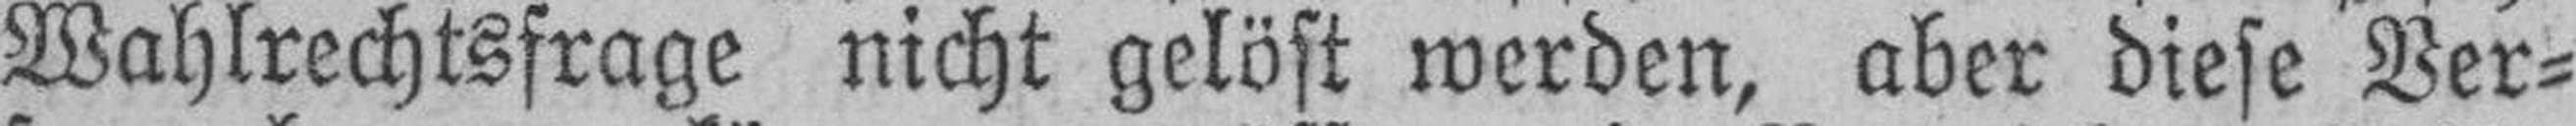
Wahlrechtsfrage nicht gelöst werden, aber diese Ver¬